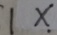
1 x